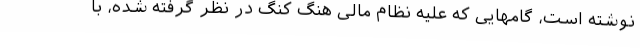
نوشته است، گامهایی که علیه نظام مالی هنگ کنگ در نظر گرفته شده، با